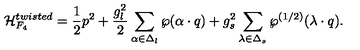
{ \cal H } _ { F _ { 4 } } ^ { t w i s t e d } = { \frac { 1 } { 2 } } p ^ { 2 } + { \frac { g _ { l } ^ { 2 } } { 2 } } \sum _ { \alpha \in \Delta _ { l } } \wp ( \alpha \cdot q ) + { g _ { s } ^ { 2 } } \sum _ { \lambda \in \Delta _ { s } } \wp ^ { ( 1 / 2 ) } ( \lambda \cdot q ) .